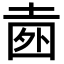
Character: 𡍐